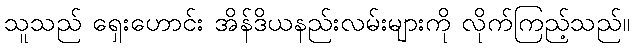
သူသည် ရှေးဟောင်း အိန်ဒိယနည်းလမ်းများကို လိုက်ကြည့်သည်။